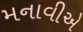
મનાવીએ